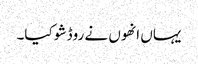
یہاں انھوں نے روڈ شو کیا۔